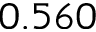
0 . 5 6 0